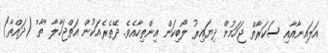
އަލައިނާއާއި ސަކަރާތް ޖަހަމުން ދިޔައިރު ލޯބިކަން އިންތިހާއެވެ. ދޭތެރެއަކުން އަތްޖަހާލާ 'ތާ' (ދައްތާ)